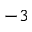
^ { - 3 }